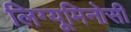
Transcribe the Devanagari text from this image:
लिग्यूमिनोसी